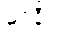
မဒနီယံ